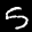
Digit: 5